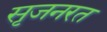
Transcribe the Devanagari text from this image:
सृजनरत